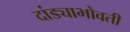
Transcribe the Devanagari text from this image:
दांड्याभोवती